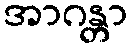
အာဂန္တာ